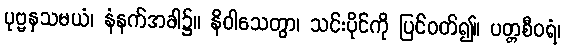
ပုဗ္ဗနှသမယံ၊ နံနက်အခါ၌။ နိဝါသေတွာ၊ သင်းပိုင်ကို ပြင်ဝတ်၍။ ပတ္တစီဝရံ၊